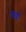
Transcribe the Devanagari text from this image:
विद्रुमं